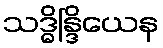
သဒ္ဓိန္ဒြိယေန